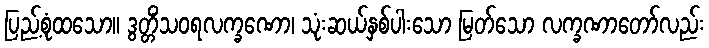
ပြည့်စုံထသော။ ဒွတ္တိံသဝရလက္ခဏော၊ သုံးဆယ်နှစ်ပါးသော မြတ်သော လက္ခဏာတော်လည်း